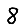
Digit: 8